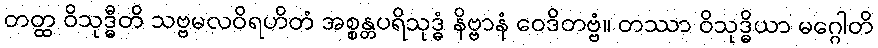
တတ္ထ ဝိသုဒ္ဓီတိ သဗ္ဗမလဝိရဟိတံ အစ္စန္တပရိသုဒ္ဓံ နိဗ္ဗာနံ ဝေဒိတဗ္ဗံ။ တဿာ ဝိသုဒ္ဓိယာ မဂ္ဂေါတိ